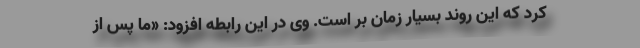
کرد که این روند بسیار زمان بر است. وی در این رابطه افزود: «ما پس از